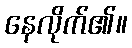
နေလိုက်၏။